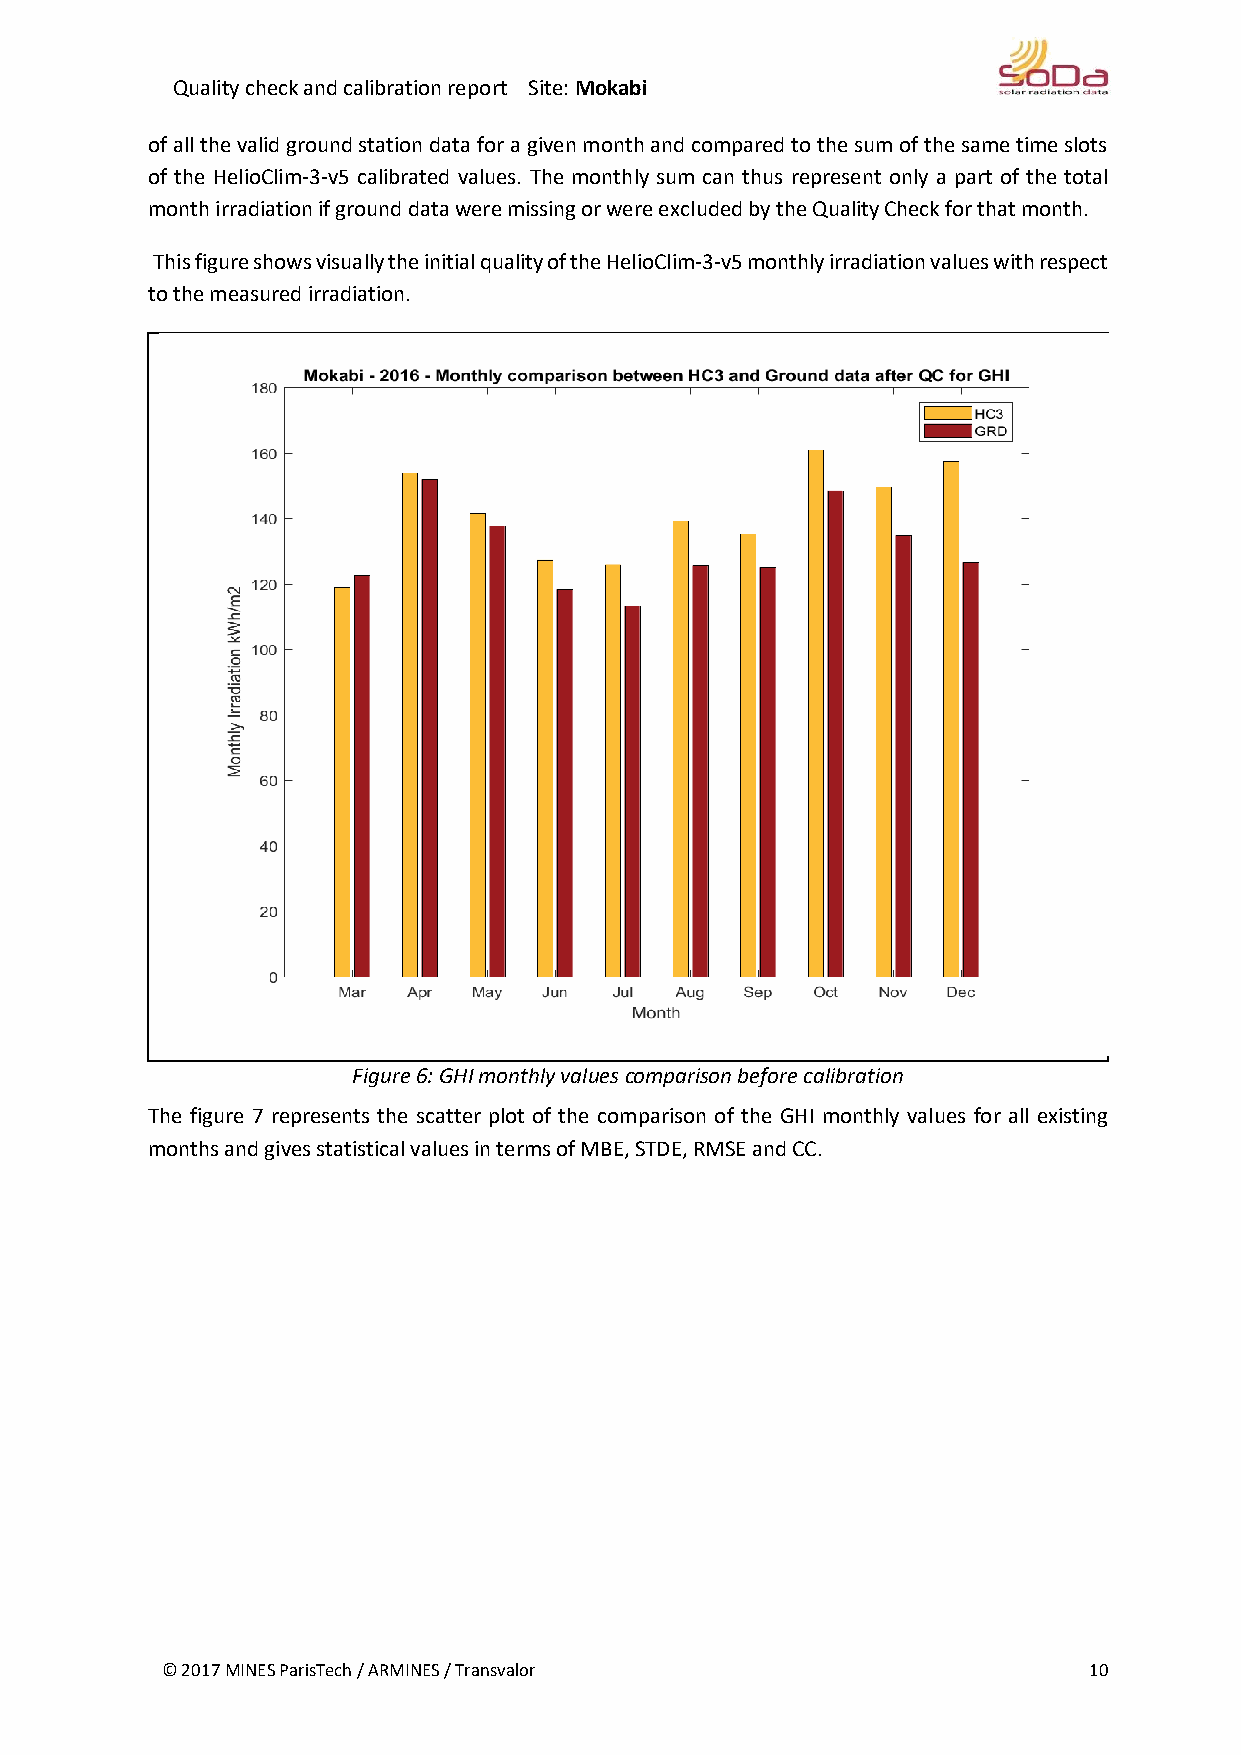
Quality check and calibration report Site: Mokabi
 of all the valid ground station data for a given month and compared to the sum of the same time slots
 of the HelioClim-3-v5 calibrated values. The monthly sum can thus represent only a part of the total
 month irradiation if ground data were missing or were excluded by the Quality Check for that month.
 This figure shows visually the initial quality of the HelioClim-3-v5 monthly irradiation values with respect
 to the measured irradiation.
 Figure 6: GHI monthly values comparison before calibration
 The figure 7 represents the scatter plot of the comparison of the GHI monthly values for all existing
 months and gives statistical values in terms of MBE, STDE, RMSE and CC.
 © 2017 MINES ParisTech / ARMINES / Transvalor                10